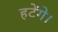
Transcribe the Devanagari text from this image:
हटेंगे।